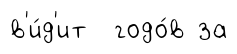
в'и́д'ит годо́в за